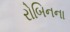
રોબિનના